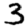
Digit: 3